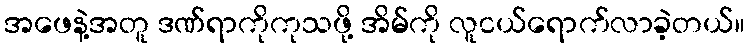
အဖေနဲ့အတူ ဒဏ်ရာကိုကုသဖို့ အိမ်ကို လူငယ်ရောက်လာခဲ့တယ်။